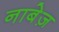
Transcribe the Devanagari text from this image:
नाबेज़